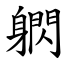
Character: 䠾